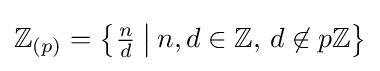
\mathbb {Z} _{(p)}={\bigl \{}{\tfrac {n}{d}}\mathbin {\big |} n,d\in \mathbb {Z} ,\,d\not \in p\mathbb {Z} {\bigr \}}